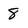
Character: 8